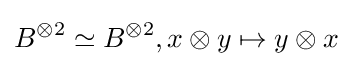
B^{\otimes 2}\simeq B^{\otimes 2},x\otimes y\mapsto y\otimes x